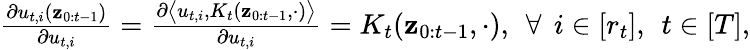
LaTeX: \begin{array}{r}{\frac{\partial u_{t,i}({\mathbf z}_{0:t-1})}{\partial u_{t,i}}=\frac{\partial\big\langle u_{t,i},K_{t}({\mathbf z}_{0:t-1},\cdot)\big\rangle}{\partial u_{t,i}}=K_{t}({\mathbf z}_{0:t-1},\cdot),\: \: \forall\: \: i\in[r_{t}],\: \: t\in[T],}\end{array}